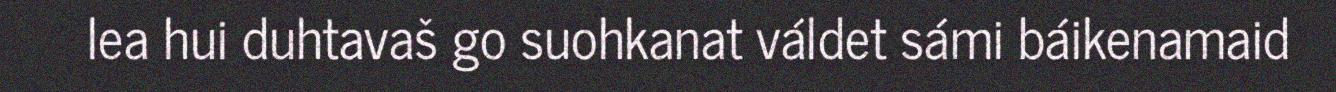
lea hui duhtavaš go suohkanat váldet sámi báikenamaid